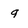
Character: 9